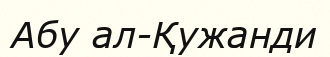
Абу ал-Қужанди